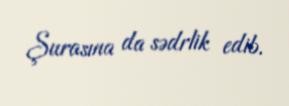
Şurasına da sədrlik edib.